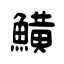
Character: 鱑